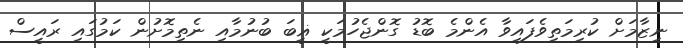
ނިޒާމަށް ކުރިމަތިވެފައިވާ އެންމެ ބޮޑު ގޮންޖެހުމަކީ ޣީބަ ބުނުމާއި ނެތިމޮށުން ކަމުގައި ރައީސް